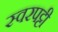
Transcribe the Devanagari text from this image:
स्वरपट्टी